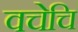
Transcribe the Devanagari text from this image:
वचेचि